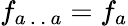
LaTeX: f_{a\, .\, .\, a}=f_{a}